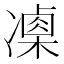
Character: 𠘍